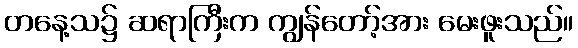
တနေ့သ၌ ဆရာကြီးက ကျွန်တော့်အား မေးဖူးသည်။